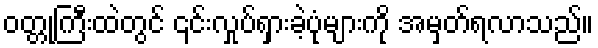
ဝတ္တုကြီးထဲတွင် ၎င်းလှုပ်ရှားခဲ့ပုံများကို အမှတ်ရလာသည်။